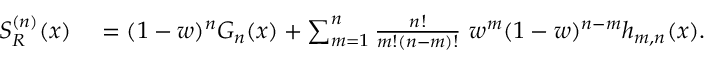
\begin{array} { r l } { S _ { R } ^ { ( n ) } ( x ) } & { { } = ( 1 - w ) ^ { n } G _ { n } ( x ) + \sum _ { m = 1 } ^ { n } \frac { n ! } { m ! ( n - m ) ! } \ w ^ { m } ( 1 - w ) ^ { n - m } h _ { m , n } ( x ) . } \end{array}